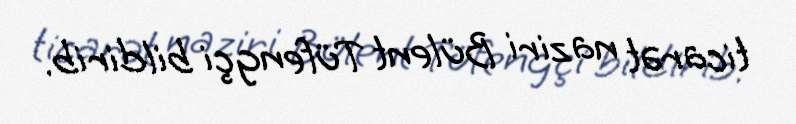
ticarət naziri Bülent Tüfengçi bildirib.